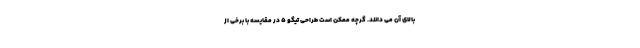
بالای آن می دانند. گرچه ممکن است طراحی تیگو 5 در مقایسه با برخی از